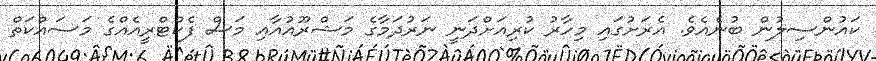
ކައުންސިލުން ބުނެއެވެ. އެރަށުގައި މިހާރު ކުރިއަށްދަނީ ނަރުދަމާގެ މަޝްރޫއުއާއި މަސް ފެކްޓްރީއެއްގެ މަސައްކަތް